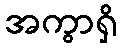
အကွာရှိ